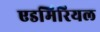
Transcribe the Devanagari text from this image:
एडमिरियल